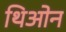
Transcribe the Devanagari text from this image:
थिओन